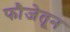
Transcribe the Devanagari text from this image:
फौजेतून